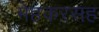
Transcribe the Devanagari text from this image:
मेहकरसह